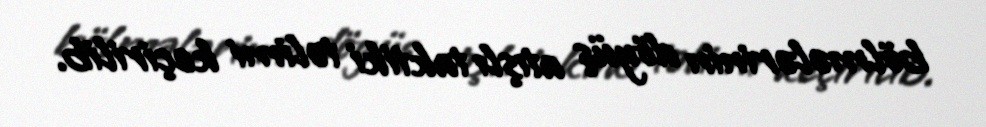
bölmələrinin döyüş atışlı taktiki təlimi keçirilib.